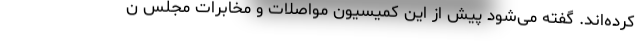
کرده‌اند. گفته می‌شود پیش از این کمیسیون مواصلات و مخابرات مجلس ن